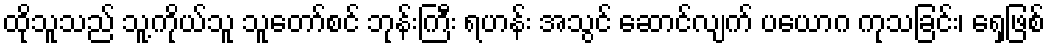
ထိုသူသည် သူ့ကိုယ်သူ သူတော်စင် ဘုန်းကြီး ရဟန်း အသွင် ဆောင်လျက် ပယောဂ ကုသခြင်း၊ ရှေ့ဖြစ်